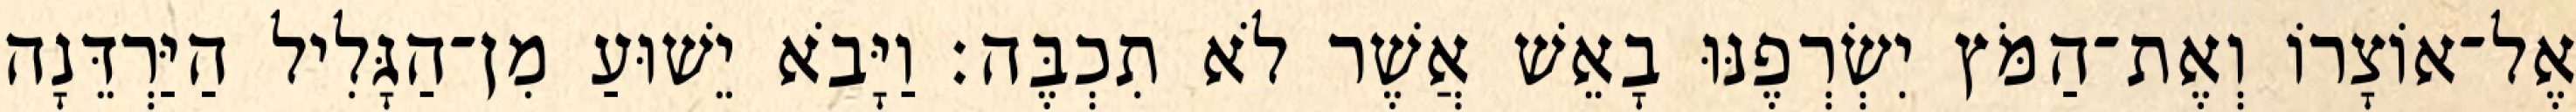
אֶל־אוֹצָרוֹ וְאֶת־הַמֹּץ יִשְׂרְפֶנּוּ בָאֵשׁ אֲשֶׁר לֹא תִכְבֶּה׃ וַיָּבֹא יֵשׁוּעַ מִן־הַגָּלִיל הַיַּרְדֵּנָה